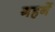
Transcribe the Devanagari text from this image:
गहनें